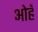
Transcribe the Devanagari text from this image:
ओहँ